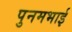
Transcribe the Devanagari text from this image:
पुनमभाई